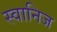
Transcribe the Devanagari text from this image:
स्वानिज